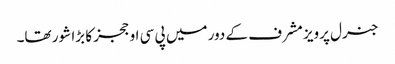
جنرل پرویز مشرف کے دور میں پی سی او ججز کا بڑا شور تھا۔